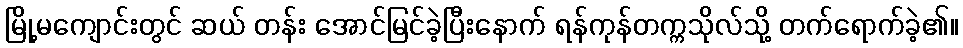
မြို့မကျောင်းတွင် ဆယ် တန်း အောင်မြင်ခဲ့ပြီးနောက် ရန်ကုန်တက္ကသိုလ်သို့ တက်ရောက်ခဲ့၏။